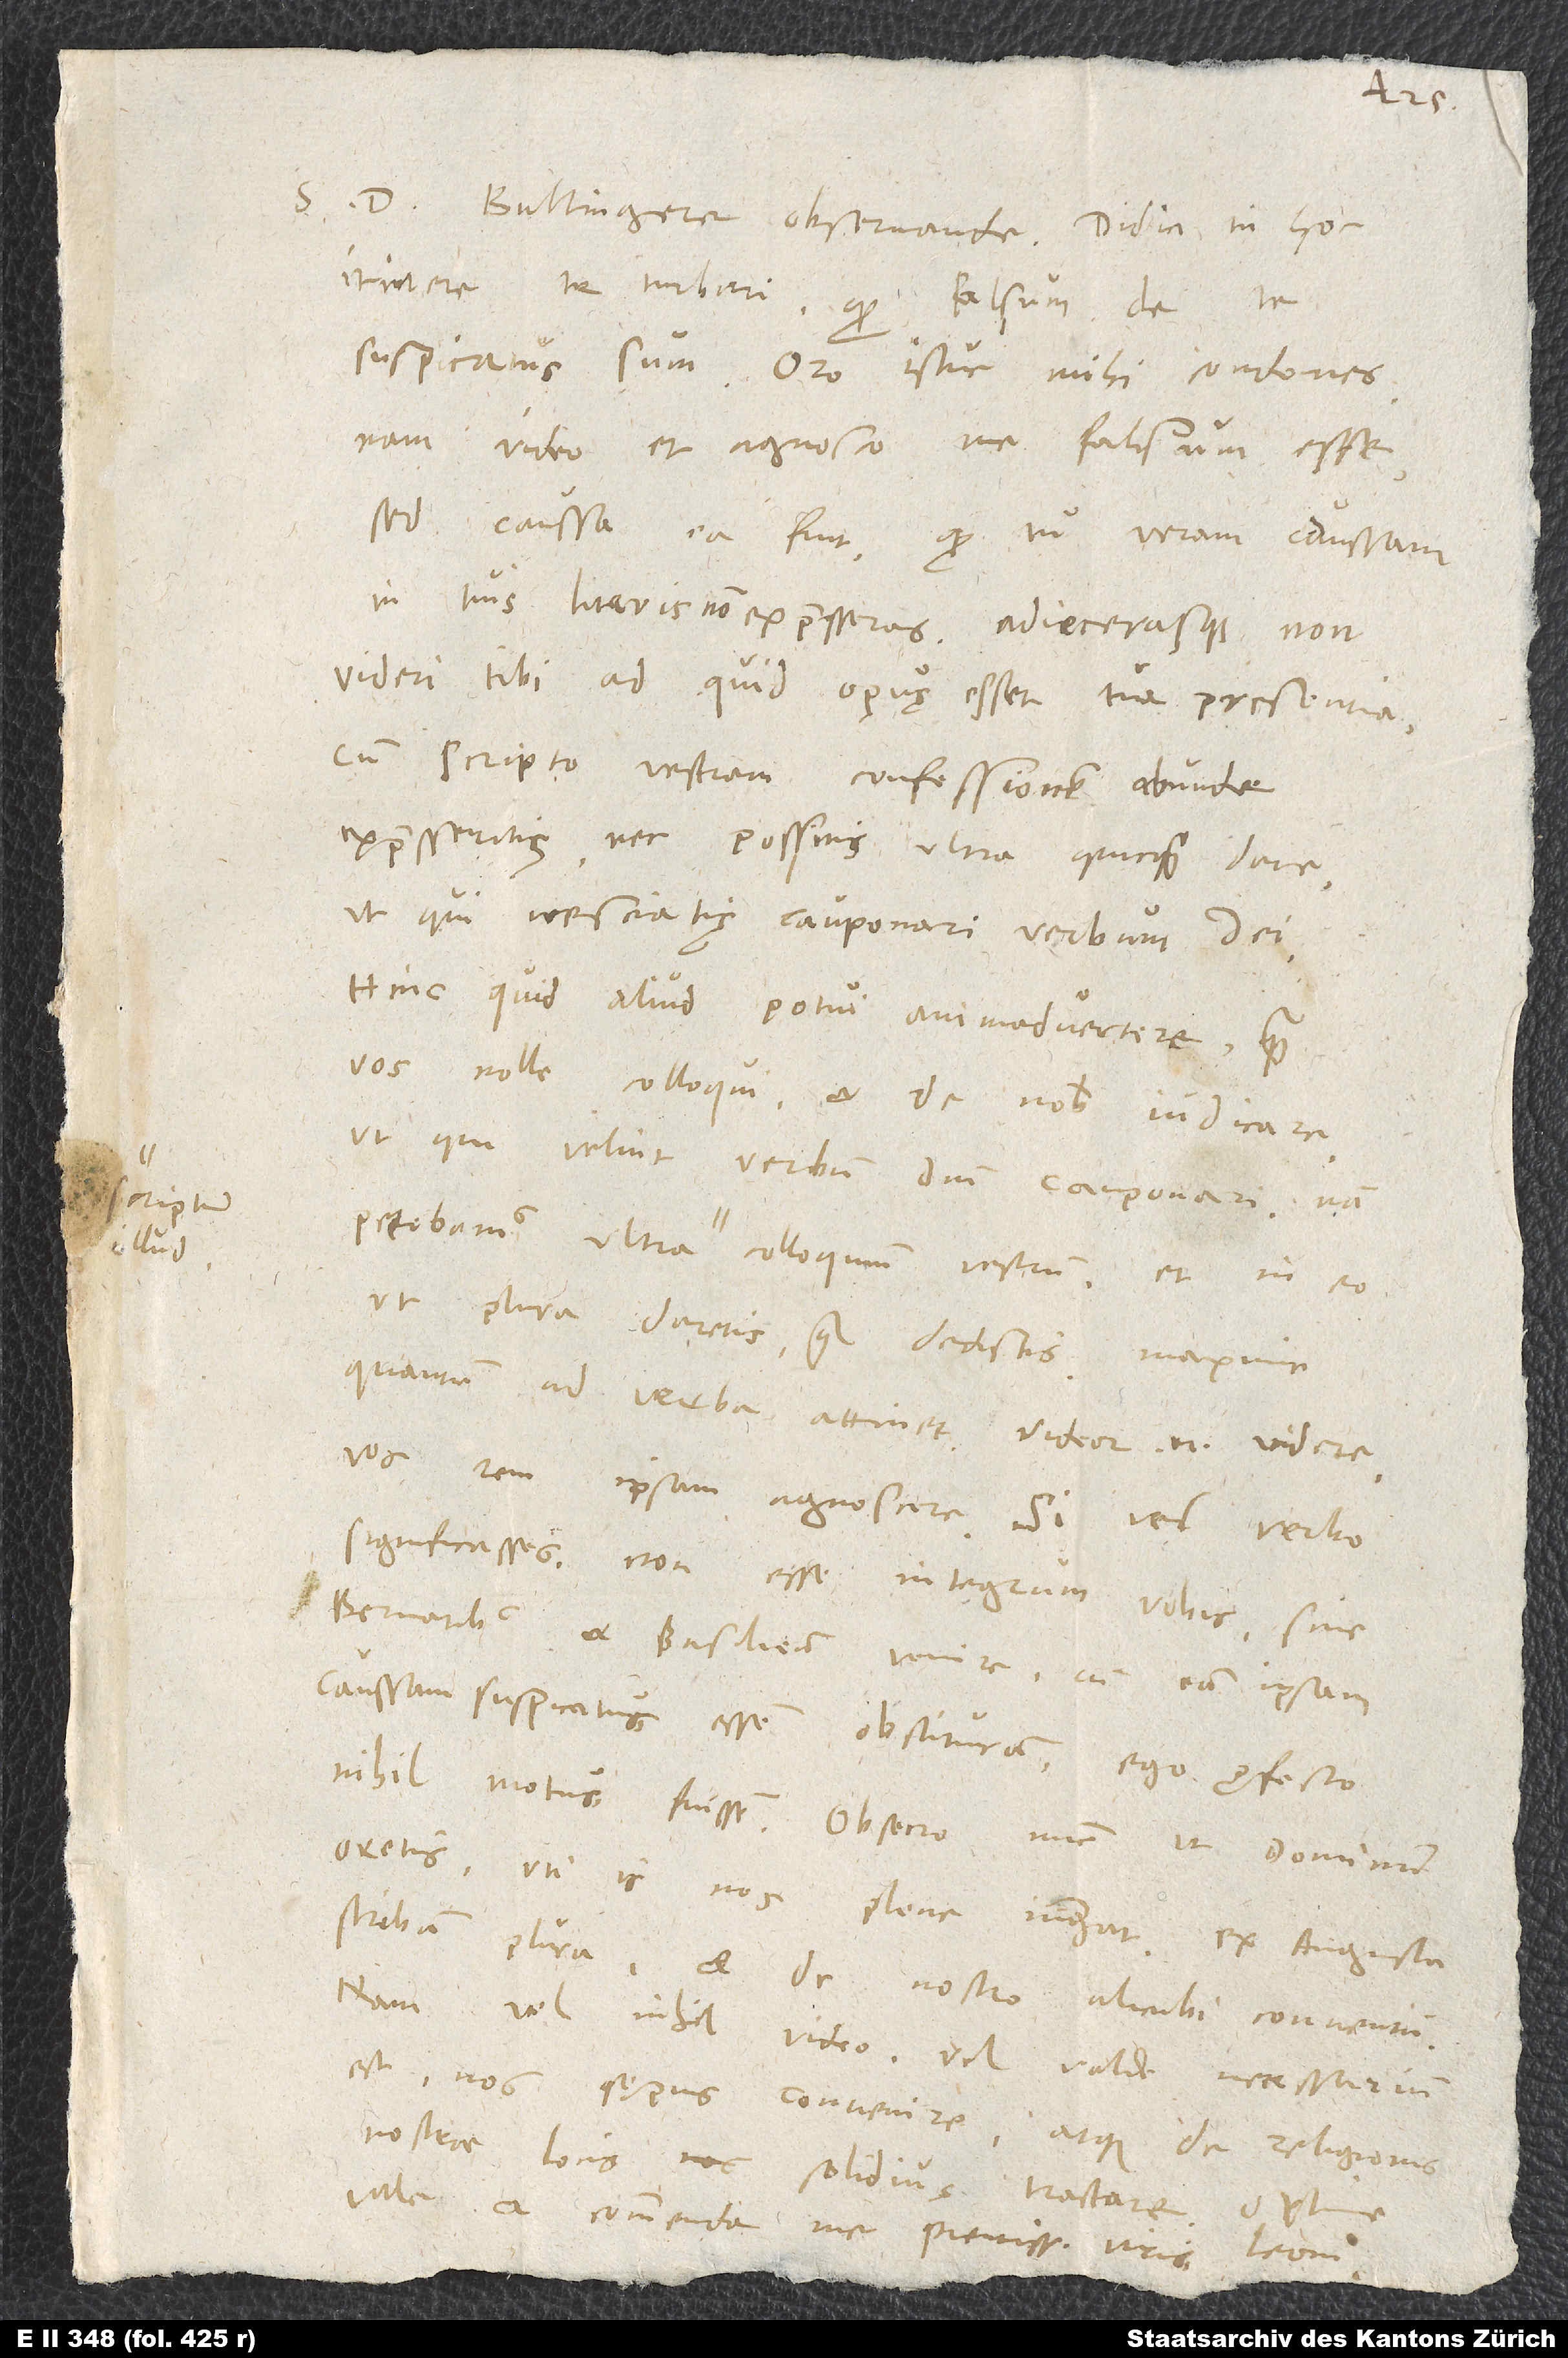
scriptum
illud

itinere te turbari, quod falsum de te
suspicatus sum. Oro, istuc mihi condones;
nam video et agnosco me falsum esse.
Sed caussa ea fuit, quod tu veram caussam
in tuis literis non expresseras adiecerasque non
videri tibi, ad quid opus esset tua praesentia,
cum scripto vestram confessionem abunde
expresseritis nec possitis ultra quicquam dare,
ut qui nesciatis cauponari verbum dei.
Hinc quid aliud potui animadvertere, quam
vos nolle colloqui et de nobis iudicare,
ut qui velint verbum domini cauponari? Nam
ut plura daretis, quam dedistis, maxime
quantum ad verba attinet. Videor enim videre
vos rem ipsam agnoscere. Si vel verbo
significasses non esse integrum vobis sine
Bernatibus et Basiliensibus venire, cum eam ipsam
caussam suspicatus essem obstituram, ego profecto
nihil motus fuissem. Obsecro nunc, ut dominum
scribam plura, et de nostro alicubi conventu.
Nam vel nihil video vel valde necessarium
est nos sępius convenire atque de religionis
nostrae locis nos solidius tractare.
vale et commenda me pientissimis viris, Leoni